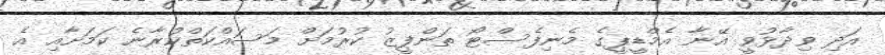
އަދި ވިދާޅުވީ އޭނާ އެމްޑީޕީގެ މެނިފެސްޓޯ ތަންފީޒު ކުރުމަށް މަސައްކަތްކުރާނެ ކަމަށާއި އެ